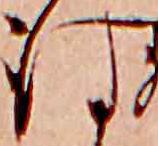
は